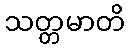
သတ္တမာတိ